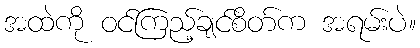
အထဲကို ဝင်ကြည့်ချင်စိတ်က အရမ်းပဲ။